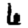
Digit: 6